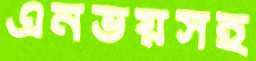
এনভয়সহ